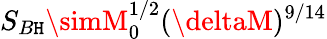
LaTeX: S_{B\mathtt{H}}\simM_{0}^{1/2}(\deltaM)^{9/14}